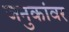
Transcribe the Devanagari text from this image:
जनुकांवर